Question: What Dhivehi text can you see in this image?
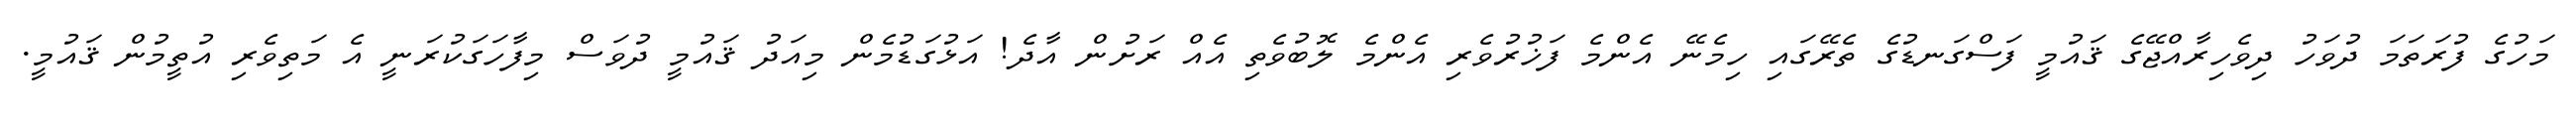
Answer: މަހުގެ ފުރަތަމަ ދުވަހު ދިވެހިރާއްޖޭގެ ޤައުމީ ފަސްގަނޑުގެ ތެރޭގައި ހިމެނޭ އެންމެ ފަޚުރުވެރި އެންމެ ލޮބުވެތި އެއް ރަށުން އާދެ! އަޅުގަޑުމެން މިއަދު ޤައުމީ ދުވަސް މިފާހަގަކުރަނީ އެ މަތިވެރި އުތީމުން ޤައުމީ.